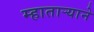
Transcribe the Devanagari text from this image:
म्हातार्‍याने